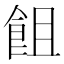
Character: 飷